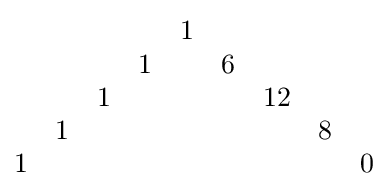
{\begin{matrix}&&&&1&&&\\&&&1&&6&&\\&&1&&&&12&\\&1&&&&&&8\\1&&&&&&&&0\end{matrix}}